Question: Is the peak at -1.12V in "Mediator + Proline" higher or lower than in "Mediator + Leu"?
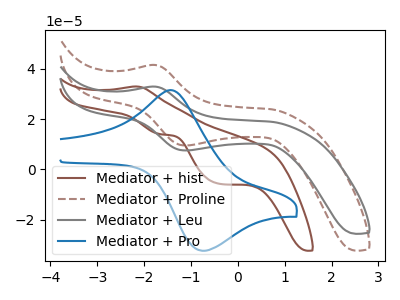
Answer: <think>The brown curve "Mediator + hist" has an anodic peak at (-2.15V, 33.05uA) and cathodic peaks at (-1.65V, 14.00uA) (-0.40V, -5.70uA). The brown dashed curve "Mediator + Proline" has an anodic peak at (-1.75V, 41.60uA) and a cathodic peak at (-1.10V, 9.55uA). The gray curve "Mediator + Leu" has an anodic peak at (-1.75V, 32.95uA) and a cathodic peak at (-1.10V, 7.55uA). The blue curve "Mediator + Pro" has an anodic peak at (-1.35V, 31.40uA) and a cathodic peak at (-0.75V, -32.35uA).</think>
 <answer>The peak at -1.12V is lower in "Mediator + Proline" than in "Mediator + Leu".</answer>
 <eval>lower</eval>